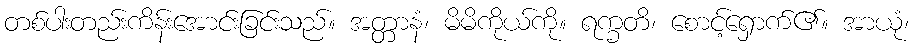
တစ်ပါးတည်းကိန်းအောင်းခြင်းသည်။ အတ္တာနံ၊ မိမိကိုယ်ကို။ ရက္ခတိ၊ စောင့်ရှောက်၏။ အာယုံ၊